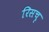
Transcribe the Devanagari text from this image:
रिसचृ